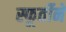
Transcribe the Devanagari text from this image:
स्फूर्तीने